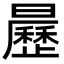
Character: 𣌅